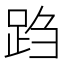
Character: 𬦩